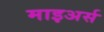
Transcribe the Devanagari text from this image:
माइअर्स